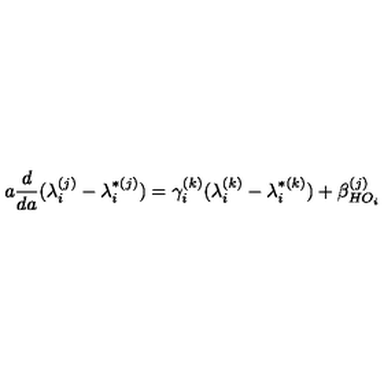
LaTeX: a \frac { d } { d a } ( \lambda _ { i } ^ { ( j ) } - \lambda _ { i } ^ { * ( j ) } ) = \gamma _ { i } ^ { ( k ) } ( \lambda _ { i } ^ { ( k ) } - \lambda _ { i } ^ { * ( k ) } ) + \beta _ { H O _ { i } } ^ { ( j ) }